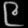
Digit: ၉